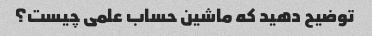
توضیح دهید که ماشین حساب علمی چیست؟